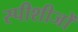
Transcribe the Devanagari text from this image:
स्पीशीजों